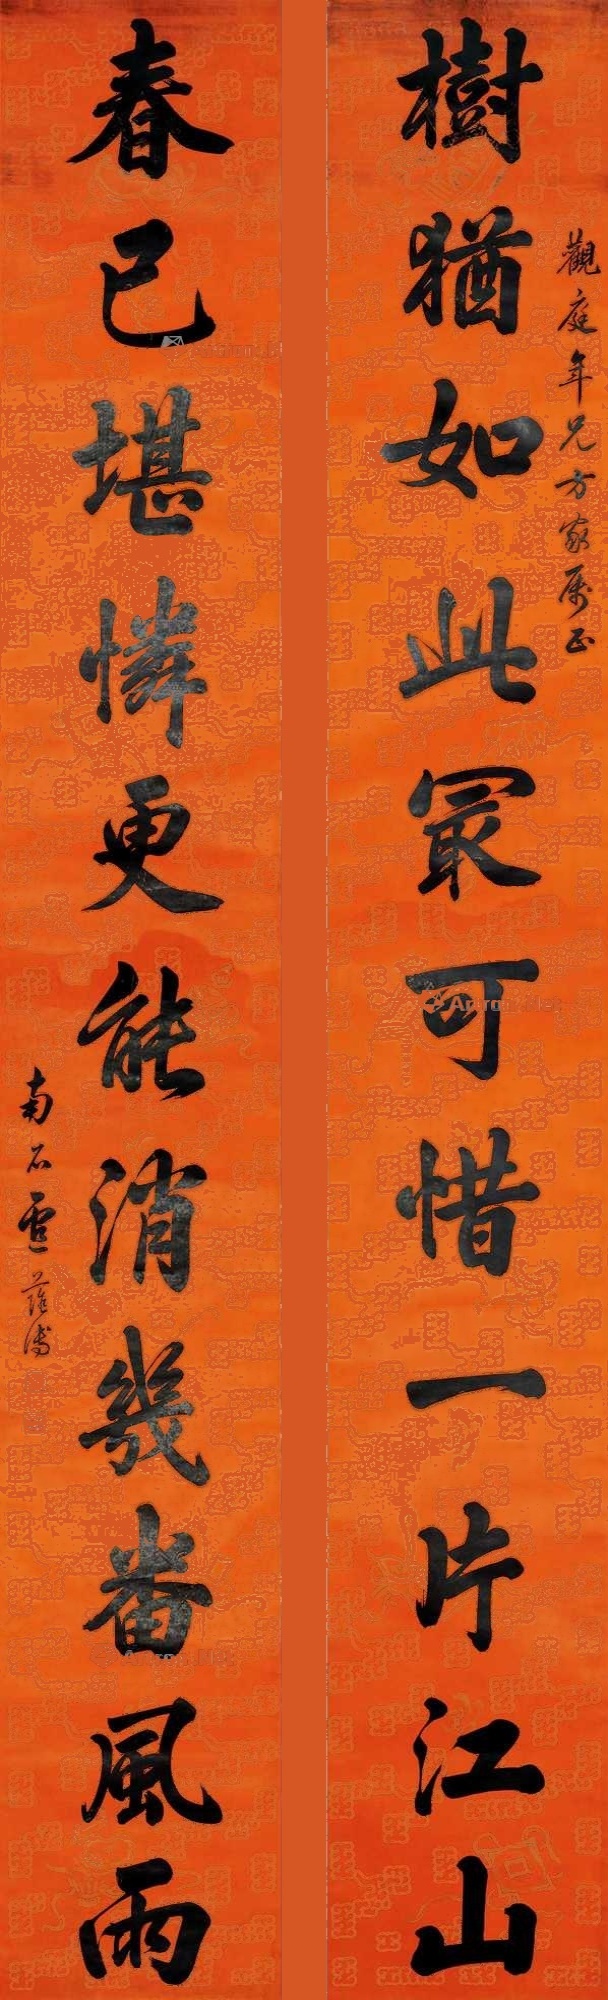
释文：树犹如此最可惜一片江山，春已堪怜更能消几番风雨。观庭年兄方家属正，南石卢荫溥。